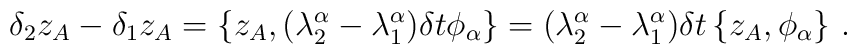
\delta_2z_A-\delta_1z_A=\{z_A,(\lambda^\alpha_2-\lambda^\alpha_1)\delta t\phi_\alpha\}=(\lambda^\alpha_2-\lambda^\alpha_1)\delta t\,\{z_A,\phi_\alpha\}\ .